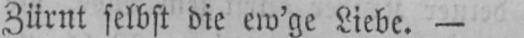
Zürnt selbst die ew’ge Liebe. -